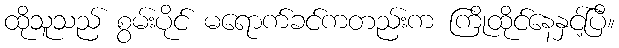
ထိုသူသည် စွမ်းပိုင် မရောက်ခင်ကတည်းက ကြိုထိုင်နေနှင့်ပြီ။